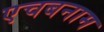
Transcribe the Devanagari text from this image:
एचबनाम